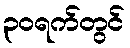
၃၀ရက်တွင်